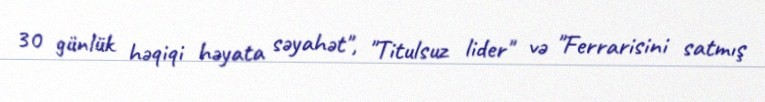
30 günlük həqiqi həyata səyahət", "Titulsuz lider" və "Ferrarisini satmış